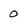
Character: 0